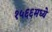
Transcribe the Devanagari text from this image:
१५६६मध्ये